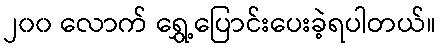
၂၀၀ လောက် ရွှေ့ပြောင်းပေးခဲ့ရပါတယ်။